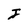
Character: I